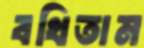
বখিতাম